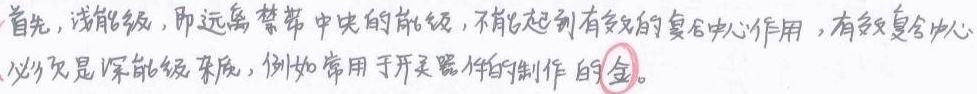
首先，浅能级，即远离禁带中央的能级，不能起到有效的复合中心作用，有效复合中心必须是深能级杂质，例如常用于开关器件的制作的金。